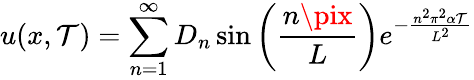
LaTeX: u(x,\mathcal{T})=\sum_{n=1}^{\infty}D_{n}\sin\left({\frac{{n\pix}}{{L}}}\right)e^{-{\frac{{n^{2}\pi^{2}\alpha\mathcal{T}}}{{L^{2}}}}}